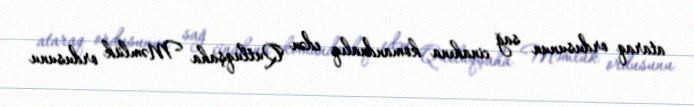
ataraq ordusunun sağ cinahına komandnalıq edən Qutluqşaha Məmlük ordusunu